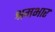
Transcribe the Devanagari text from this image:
श्रमभार